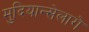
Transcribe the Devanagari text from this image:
मुदियान्सेलागे